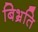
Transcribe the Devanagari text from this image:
बिभ्रति